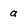
Character: a